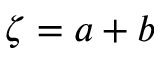
\zeta = a + b